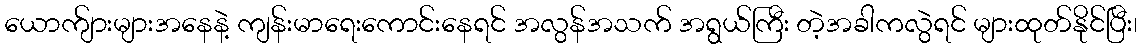
ယောက်ျားများအနေနဲ့ ကျန်းမာရေးကောင်းနေရင် အလွန်အသက် အရွယ်ကြီး တဲ့အခါကလွဲရင် များထုတ်နိုင်ပြီး၊